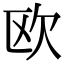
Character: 欧